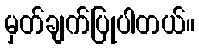
မှတ်ချက်ပြုပါတယ်။